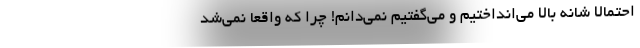
احتمالا شانه بالا می‌انداختیم و می‌گفتیم نمی‌دانم! چرا که واقعا نمی‌شد